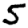
Digit: 5